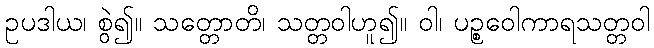
ဥပဒါယ၊ စွဲ၍။ သတ္တောတိ၊ သတ္တဝါဟူ၍။ ဝါ၊ ပဉ္စဝေါကာရသတ္တဝါ